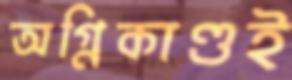
অগ্নিকাণ্ডই